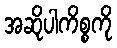
အဆိုပါကိစ္စကို